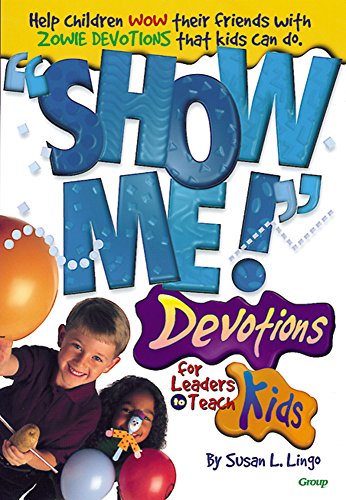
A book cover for Show Me! Devotions for Leaders to Teach Kids; Susan L. Lingo; Christian Books & Bibles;